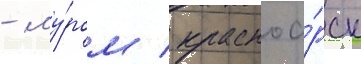
- му́ром / красноа́рск